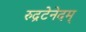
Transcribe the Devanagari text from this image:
रुद्रटेनेदम्